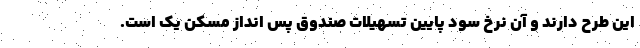
این طرح دارند و آن نرخ سود پایین تسهیلات صندوق پس انداز مسکن یک است.